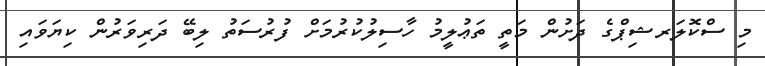
މި ސްކޮލަރޝިޕްގެ ދަށުން މަތީ ތަޢުލީމު ހާސިލުކުރުމަށް ފުރުސަތު ލިބޭ ދަރިވަރުން ކިޔަވައި